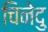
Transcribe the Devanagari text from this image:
चिनेदु